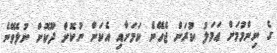
ގެ ނިންމުމަށް ޢަމަލު ކުރަން ޖެހޭނެ ކަމަށާއި އެކަން ނުކޮށް ދޫކޮށް ނުލެވޭނެ